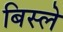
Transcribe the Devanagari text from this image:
बिस्ले